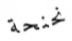
نحنحة